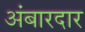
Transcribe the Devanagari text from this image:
अंबारदार